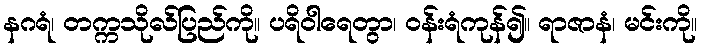
နဂရံ၊ တက္ကသိုလ်ပြည်ကို။ ပရိဝါရေတွာ၊ ဝန်းရံကုန်၍။ ရာဇာနံ၊ မင်းကို။